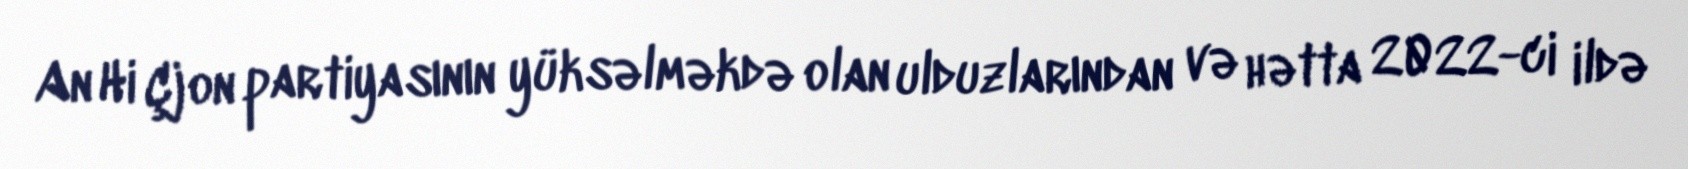
An Hi Çjon partiyasının yüksəlməkdə olan ulduzlarından və hətta 2022-ci ildə